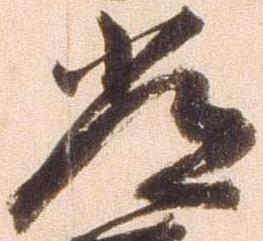
常